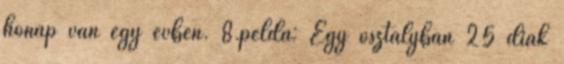
hónap van egy évben. 8.példa: Egy osztályban 25 diák